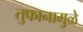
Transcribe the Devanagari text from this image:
तुफानामुळे